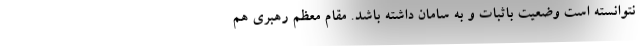
نتوانسته است وضعیت باثبات و به سامان داشته باشد. مقام معظم رهبری هم